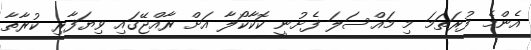
އެންމެ ފުރަތަމަ މި މައްސަލަ ފެށުނީ ކޮކާކޯލާ އަށް ރާއްޖޭގައި ވިޔަފާރި ކުރާތާ